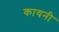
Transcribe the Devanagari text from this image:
कायनी